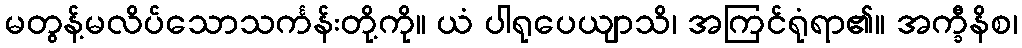
မတွန့်မလိပ်သောသင်္ကန်းတို့ကို။ ယံ ပါရုပေယျာသိ၊ အကြင်ရုံရာ၏။ အက္ခီနိစ၊